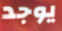
يوجد